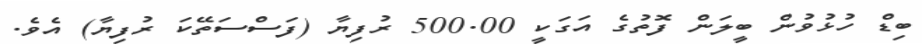
ބިޑް ހުޅުވުން ބީލަން ފޮތުގެ އަގަކީ 500.00 ރުފިޔާ (ފަސްސަތޭކަ ރުފިޔާ) އެވެ.